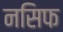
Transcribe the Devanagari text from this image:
नसिफ